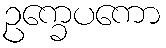
ဥက္ခေပကော